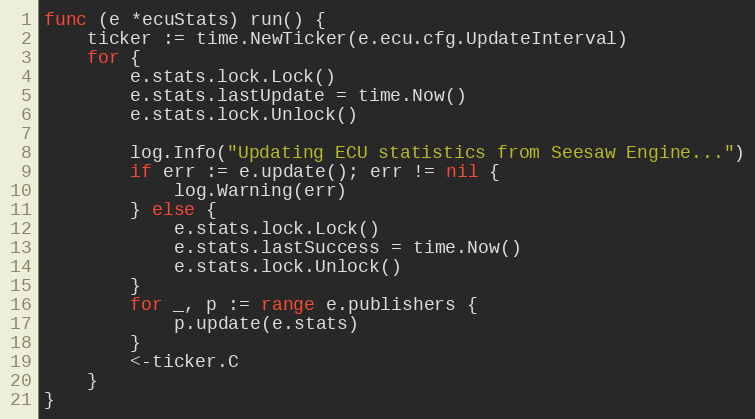
Language: Go
func (e *ecuStats) run() {
	ticker := time.NewTicker(e.ecu.cfg.UpdateInterval)
	for {
		e.stats.lock.Lock()
		e.stats.lastUpdate = time.Now()
		e.stats.lock.Unlock()

		log.Info("Updating ECU statistics from Seesaw Engine...")
		if err := e.update(); err != nil {
			log.Warning(err)
		} else {
			e.stats.lock.Lock()
			e.stats.lastSuccess = time.Now()
			e.stats.lock.Unlock()
		}
		for _, p := range e.publishers {
			p.update(e.stats)
		}
		<-ticker.C
	}
}